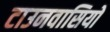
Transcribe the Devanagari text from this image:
टाउनवासियों